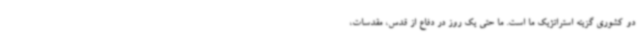
دو کشوری گزینه استراتژیک ما است. ما حتی یک روز در دفاع از قدس، مقدسات،